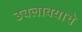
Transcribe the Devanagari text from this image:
उचलावयाचे